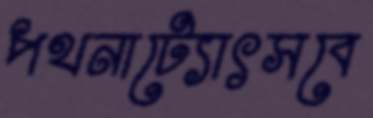
পথনাট্যোৎসবে